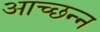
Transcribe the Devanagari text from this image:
आच्छन्‍न